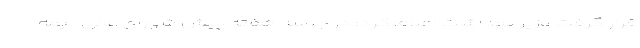
قرار گرفت وزیر بهداشت اعلام کرد: در جلسه هفته پیش شورای عالی بیمه